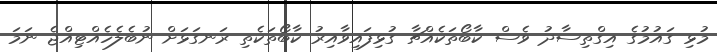
މުޅި ގައުމުގެ އިގްތިސާދު ވެސް ކާބޯތަކެއްޗާ ގުޅިފައިވާއިރު ކާބޯތަކެތި ރަނގަޅަށް ނުބެލެހެއްޓިއްޖެ ނަމަ